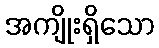
အကျိုးရှိသော